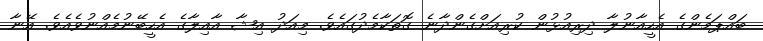
ބައްޕަމެންގެ އެހީއާނުލާ ދިރިއުޅުން ކުރިއަށްގެންދާނެ ގޮތަކާމެދުގައެވެ. މިއަދު އިޝާ އާއިލާގެ އެހީބޭނުމެއްނުވެއެވެ. އޭނާ